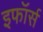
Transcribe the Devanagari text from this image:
इफॉर्स